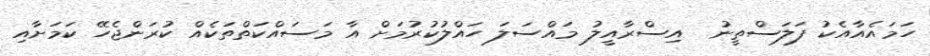
ހަމައެއާއެކު ފަލަސްތީނު  އިސްރާއީލު މައްސަލަ ހައްލުކުރުމަށް އާ މަސައްކަތްތަކެއް ކުރަންޖެހޭ ކަމަށާއި